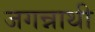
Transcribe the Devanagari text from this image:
जगन्नाथी